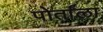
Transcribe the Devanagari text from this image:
पोर्ताला